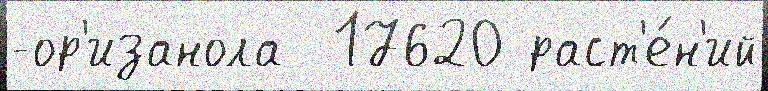
-ор'изанола  17620 раст'е́н'ий